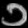
Digit: ၁